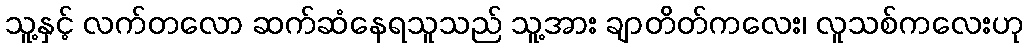
သူ့နှင့် လက်တလော ဆက်ဆံနေရသူသည် သူ့အား ချာတိတ်ကလေး၊ လူသစ်ကလေးဟု